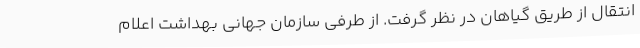
انتقال از طریق گیاهان در نظر گرفت. از طرفی سازمان جهانی بهداشت اعلام